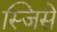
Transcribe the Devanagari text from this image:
स्जिसे